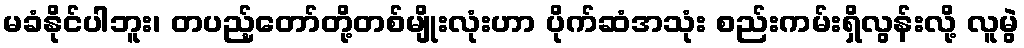
မခံနိုင်ပါဘူး၊ တပည့်တော်တို့တစ်မျိုးလုံးဟာ ပိုက်ဆံအသုံး စည်းကမ်းရှိလွန်းလို့ လူမွဲ